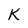
Character: K